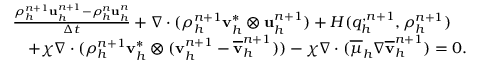
\begin{array} { r l } & { \frac { \rho _ { h } ^ { n + 1 } \mathbf u _ { h } ^ { n + 1 } - \rho _ { h } ^ { n } \mathbf u _ { h } ^ { n } } { \Delta t } + \nabla \cdot ( \rho _ { h } ^ { n + 1 } \mathbf v _ { h } ^ { * } \otimes \mathbf u _ { h } ^ { n + 1 } ) + H ( q _ { h } ^ { , n + 1 } , \rho _ { h } ^ { n + 1 } ) } \\ & { \quad + \chi \nabla \cdot ( \rho _ { h } ^ { n + 1 } \mathbf v _ { h } ^ { * } \otimes ( \mathbf v _ { h } ^ { n + 1 } - \overline { { \mathbf v } } _ { h } ^ { n + 1 } ) ) - \chi \nabla \cdot ( \overline { { \mu } } _ { h } \nabla \overline { { \mathbf v } } _ { h } ^ { n + 1 } ) = \boldsymbol { 0 } . } \end{array}